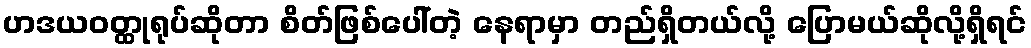
ဟဒယဝတ္ထုရုပ်ဆိုတာ စိတ်ဖြစ်ပေါ်တဲ့ နေရာမှာ တည်ရှိတယ်လို့ ပြောမယ်ဆိုလို့ရှိရင်